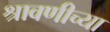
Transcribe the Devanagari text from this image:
श्रावणीच्या